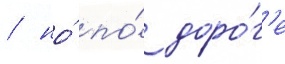
/ но́ по́ доро́г'е